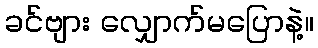
ခင်ဗျား လျှောက်မပြောနဲ့။